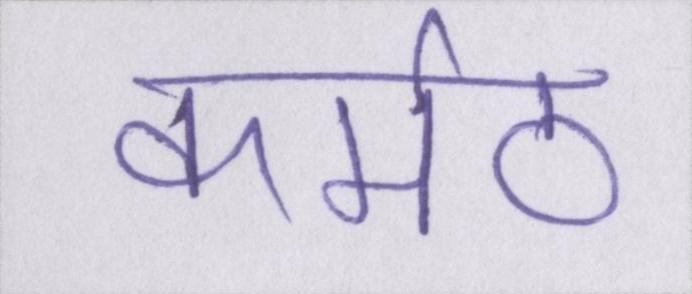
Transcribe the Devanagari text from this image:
कर्मठ